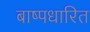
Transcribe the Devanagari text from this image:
बाष्पधारित